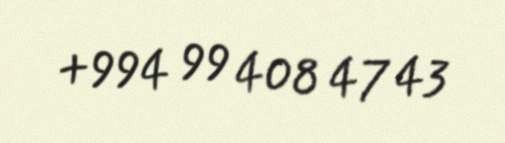
+994 99 408 47 43